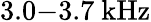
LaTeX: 3.0{-}3.7~\mathrm{kHz}